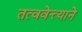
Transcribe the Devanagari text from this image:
तत्ववेत्त्याने